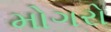
મોગરો